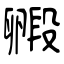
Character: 毈